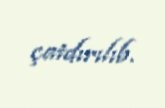
çatdırılıb.